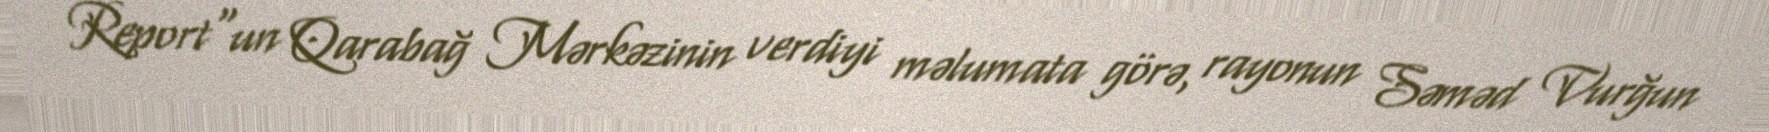
Report"un Qarabağ Mərkəzinin verdiyi məlumata görə, rayonun Səməd Vurğun